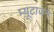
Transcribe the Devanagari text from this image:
म्यूटाजन